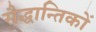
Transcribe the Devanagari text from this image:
सैद्धान्तिकों